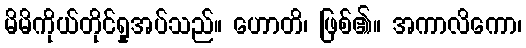
မိမိကိုယ်တိုင်ရှုအပ်သည်။ ဟောတိ၊ ဖြစ်၏။ အကာလိကော၊